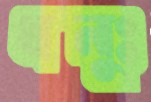
ধনুঃ